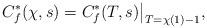
LaTeX: \begin{align*}C_f^*(\chi,s) =C_f^*(T,s)\big|_{T = \chi(1)-1},\end{align*}